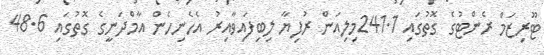
ޓޫރިޒަމް ރެންޓުގެ ގޮތުގައި 241.1މިލިއަން ރުފިޔާ ލިބިފައިވާއިރު އެހެނިހެން އާމްދަނީގެ ގޮތުގައި 48.6